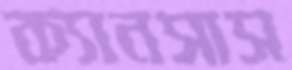
ক্যানসাস